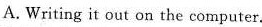
A. Writing it out on the computer.